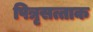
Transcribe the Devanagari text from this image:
पित्रृसत्ताक